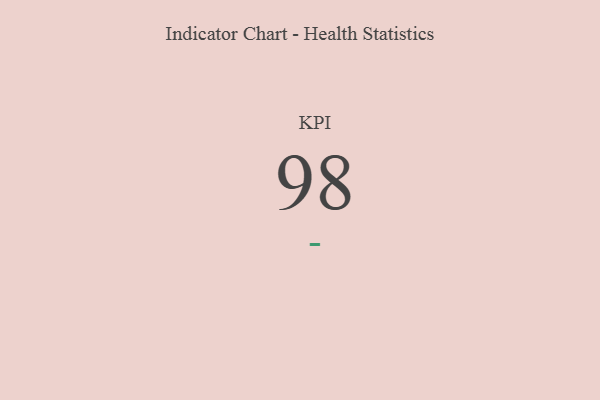
{"axis": {"x": "KPI", "y": "Value"}, "legend": [""], "data": [{"x": "KPI", "y": 98, "type": ""}]}